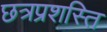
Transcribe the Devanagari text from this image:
छत्रप्रशस्ति